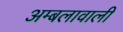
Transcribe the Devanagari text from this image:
अम्बलावाली